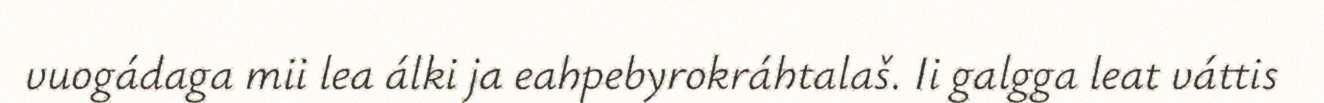
vuogádaga mii lea álki ja eahpebyrokráhtalaš. Ii galgga leat váttis